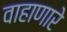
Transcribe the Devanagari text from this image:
वाहाणारे